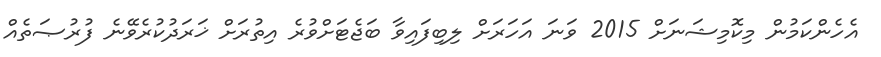
އެހެންކަމުން މިކޮމިޝަނަށް 2015 ވަނަ އަހަރަށް ލިބިފައިވާ ބަޖެޓަށްވުރެ އިތުރަށް ޚަރަދުކުރެވޭނެ ފުރުޞަތެއް